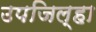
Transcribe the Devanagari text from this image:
उपजिल्हा